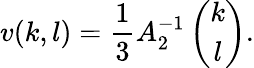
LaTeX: v(k,l)=\frac{1}{3}A_{2}^{-1}\left(\begin{array}{c}{{k}}\\ {{l}}\end{array}\right).